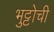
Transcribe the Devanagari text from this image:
भुट्टोची